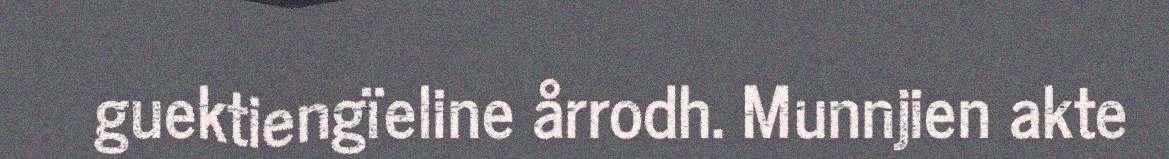
guektiengïeline årrodh. Munnjien akte